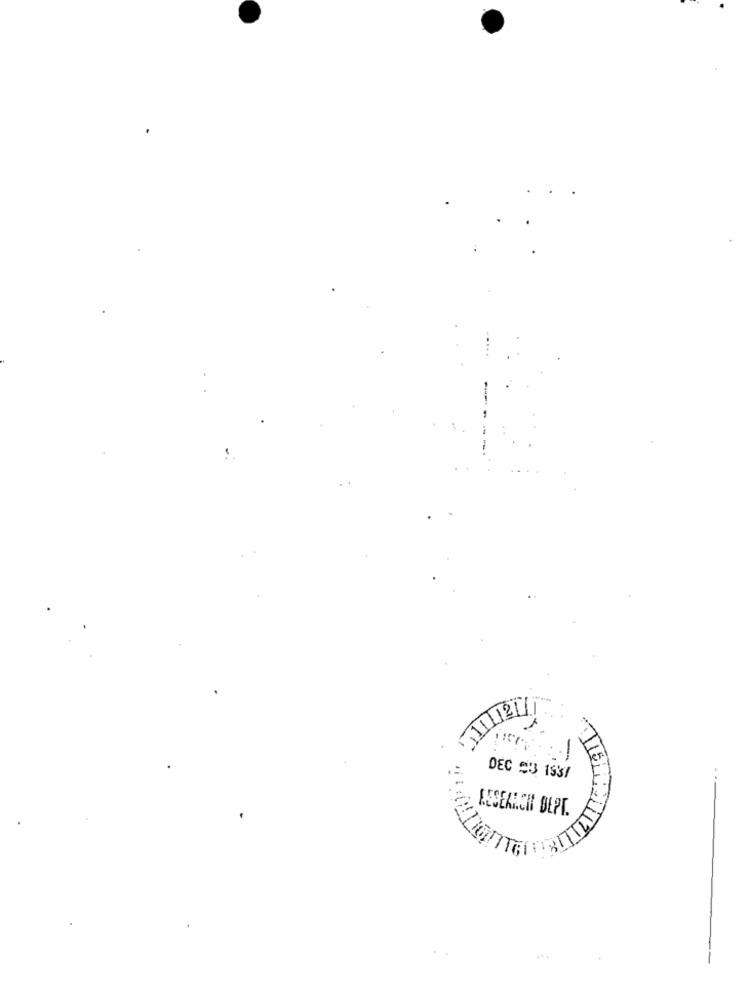
=
DEC 23 1831
RESEARCH DEPT.